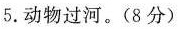
5.动物过河。(8分)